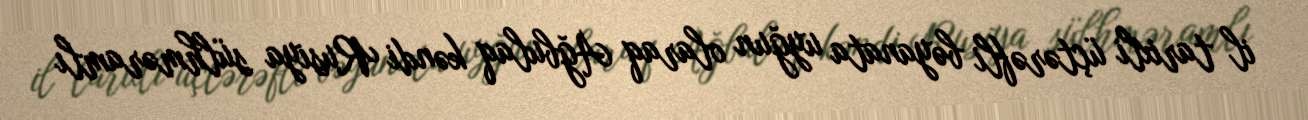
il tarixli üçtərəfli bəyanata uyğun olaraq Ağbulaq kəndi Rusiya sülhməramlı